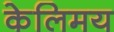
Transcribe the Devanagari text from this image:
केलिमय